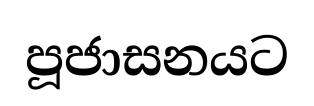
පූජාසනයට